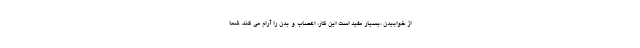
از خوابیدن ،بسیار مفید است این کار، اعصاب و بدن را آرام می کند. شما